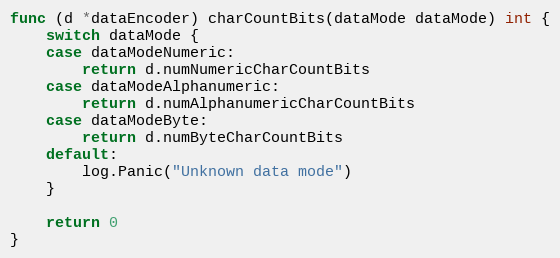
Language: Go
func (d *dataEncoder) charCountBits(dataMode dataMode) int {
	switch dataMode {
	case dataModeNumeric:
		return d.numNumericCharCountBits
	case dataModeAlphanumeric:
		return d.numAlphanumericCharCountBits
	case dataModeByte:
		return d.numByteCharCountBits
	default:
		log.Panic("Unknown data mode")
	}

	return 0
}